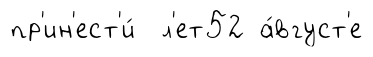
пр'ин'ест'и́ л'ет52 а́вгуст'е